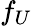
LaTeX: f_{U}